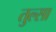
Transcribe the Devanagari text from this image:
तुल्सा